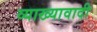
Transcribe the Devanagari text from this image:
व्याख्यावादी